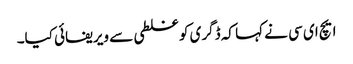
ایچ ای سی نے کہا کہ ڈگری کو غلطی سے ویریفائی کیا۔